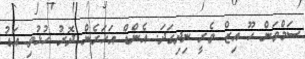
ސަމްވަން ހޫ އިޒް ވެރީ ނިދިގަދަ. އެންޑް އަހަރެން ދޮރު ހުޅުވި އަޑު